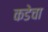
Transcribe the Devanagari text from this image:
कडेचा